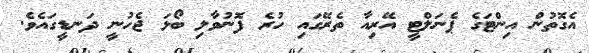
އެގޮތުން އިންޓަގެ ޕެނަލްޓީ އޭރިއާ ތެރޭގައި ހުރެ ފޮނުވާލި ބޯޅަ ޖެހުނީ ދަނޑީގައެވެ.